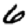
Digit: 6